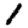
Digit: 1